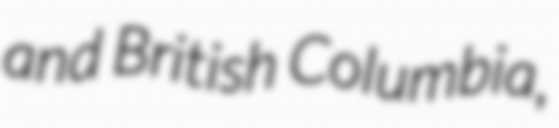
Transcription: and British Columbia,